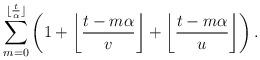
LaTeX: \begin{align*}\sum^{\lfloor \frac{t}{\alpha} \rfloor}_{m = 0}\left( 1+\left\lfloor\frac{t-m\alpha}{v}\right\rfloor + \left\lfloor \frac{t-m\alpha}{u}\right\rfloor\right).\end{align*}